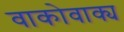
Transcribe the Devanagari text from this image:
वाकोवाक्य